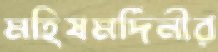
মহিষমর্দিনীর